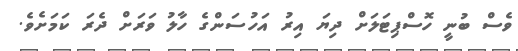
ވެސް ބުނީ ހޮސްޕިޓަލަށް ދިޔަ އިރު އަހުސަންގެ ހާލު ވަރަށް ދެރަ ކަމަށެވެ.